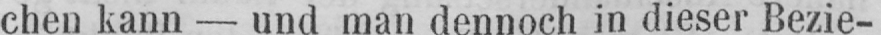
chen kann - und man dennoch in dieser Bezie-